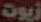
زيوت